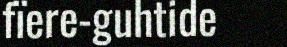
fïere-guhtide